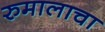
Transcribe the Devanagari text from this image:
रुमालाचा